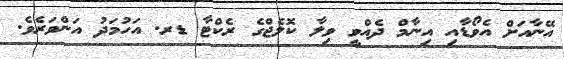
އޭނާއަށް އެވޯޑާއި އިނާމް ދެއްވީ ވިލާ ކޮލެޖްގެ ރެކްޓާ ޑރ. އަހުމަދު އަންވަރެވެ.